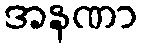
အနဏာ